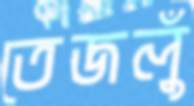
তেজলুঁ